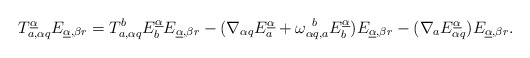
\begin{align*}T_{a,\alpha q}^{\underline\alpha}E_{\underline\alpha,\beta r}=T_{a,\alpha q}^bE^{\underline\alpha}_bE_{\underline\alpha,\beta r}-(\nabla_{\alpha q}E^{\underline\alpha}_a+\omega_{\alpha q,a}^{~b}E^{\underline\alpha}_b)E_{\underline\alpha,\beta r}-(\nabla_aE^{\underline\alpha}_{\alpha q})E_{\underline\alpha,\beta r}.\end{align*}